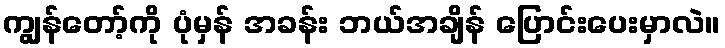
ကျွန်တော့်ကို ပုံမှန် အခန်း ဘယ်အချိန် ပြောင်းပေးမှာလဲ။